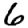
Digit: 6